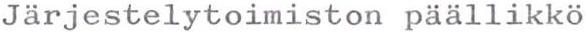
Järjestelytoimiston päällikkö